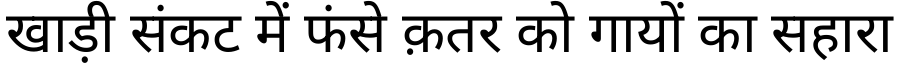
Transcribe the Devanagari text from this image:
खाड़ी संकट में फंसे क़तर को गायों का सहारा